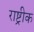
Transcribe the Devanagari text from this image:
राष्ट्रीक